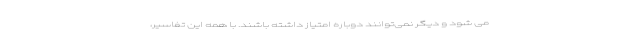
می شود و دیگر نمی‌توانند دوباره امتیاز داشته باشند. با همه این تفاسیر،